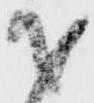
才